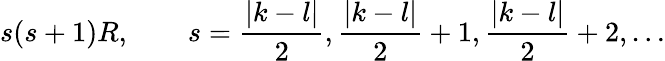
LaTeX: s(s+1)R,\qquad s=\frac{|k-l|}2,\frac{|k-l|}2+1,\frac{|k-l|}2+2,\ldots